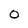
Character: 0